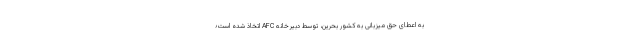
به اعطای حق میزبانی به کشور بحرین، توسط دبیرخانه AFC اتخاذ شده است؛